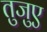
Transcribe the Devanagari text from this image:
तुजुए